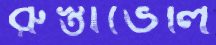
রুস্তাভেলি